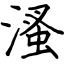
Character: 溞